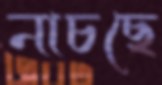
নাচছে